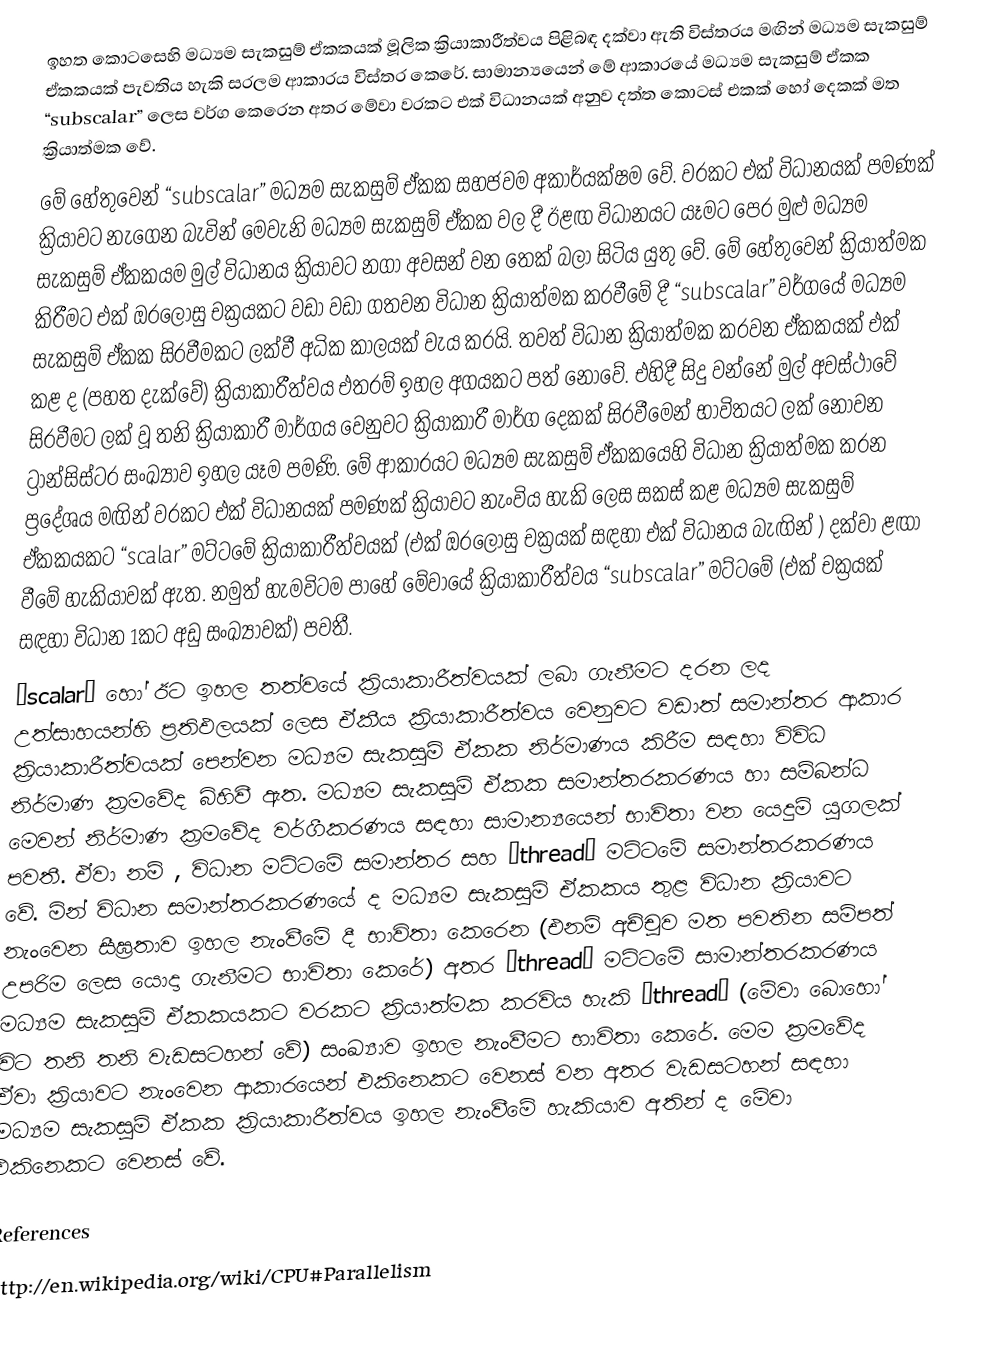
ඉහත ‍කොටසෙහි මධ්‍යම සැකසුම් ඒකකයක් මූලික ක්‍රියාකාරීත්වය පිළිබඳ දක්වා ඇති විස්තරය මඟින් මධ්‍යම සැකසුම් ඒකකයක් පැවතිය හැකි සරලම ආකාරය විස්තර කෙරේ. සාමාන්‍යයෙන් මේ ආකාරයේ මධ්‍යම සැකසුම් ඒකක “subscalar”  ලෙස වර්ග කෙරෙන අතර මේවා වරකට එක් විධානයක් අනුව දත්ත කොටස් එකක් හෝ දෙකක් මත ක්‍රියාත්මක වේ.
මේ හේතුවෙන් “subscalar”  මධ්‍යම සැකසුම් ඒකක සහජවම අකාර්යක්ෂම වේ. වරකට එක් විධානයක් පමණක් ක්‍රියාවට නැගෙන බැවින් මෙවැනි මධ්‍යම සැකසුම් ඒකක වල දී ඊළඟ විධානයට යෑමට පෙර මුළු මධ්‍යම සැකසුම් ඒකකයම මුල් විධානය ක්‍රියාවට නගා අවසන් වන තෙක් බලා සිටිය යුතු වේ. මේ හේතුවෙන් ක්‍රියාත්මක කිරීමට එක් ඔරලෝසු චක්‍රයකට වඩා වඩා ගතවන විධාන ක්‍රියාත්මක කරවීමේ දී “subscalar”  වර්ගයේ මධ්‍යම සැකසුම් ඒකක සිරවීමකට ලක්වී අධික කාලයක් වැය කරයි. තවත් විධාන ක්‍රියාත්මක කරවන ඒකකයක් එක් කළ ද (පහත දැක්වේ) ක්‍රියාකාරීත්වය එතරම් ඉහල අගයකට පත් නොවේ. එහිදී සිදු වන්නේ මුල් අවස්ථාවේ සිරවීමට ලක් වූ තනි ක්‍රියාකාරී මාර්ගය වෙනුවට ක්‍රියාකාරී මාර්ග දෙකක් සිරවීමෙන් භාවිතයට ලක් නොවන ට්‍රාන්සිස්ටර සංඛ්‍යාව ඉහල යෑම පමණි. මේ ආකාරයට මධ්‍යම සැකසුම් ඒකකයෙහි විධාන ක්‍රියාත්මක කරන ප්‍රදේශය මඟින් වරකට එක් විධානයක් පමණක් ක්‍රියාවට නැංවිය හැකි ලෙස සකස් කළ මධ්‍යම සැකසුම් ඒකකයකට “scalar”  මට්ටමේ ක්‍රියාකාරීත්වයක් (එක් ඔ‍රලෝසු චක්‍රයක් සඳහා එක් විධානය බැඟින් ) දක්වා ළඟා වීමේ හැකියාවක් ඇත. නමුත් හැමවිටම පාහේ මේවායේ ක්‍රියාකාරීත්වය “subscalar”  මට්ටමේ (එක් චක්‍රයක් සඳහා විධාන 1කට අඩු සංඛ්‍යාවක්) පවතී.
“scalar”  හෝ ඊට ඉහල තත්වයේ ක්‍රියාකාරීත්වයක් ලබා ගැනීමට දරන ලද උත්සාහයන්හි ප්‍රතිඵලයක් ලෙස ඒකීය ක්‍රියාකාරීත්වය වෙනුවට වඩාත් සමාන්තර ආකාර ක්‍රියාකාරීත්වයක් පෙන්වන මධ්‍යම සැකසුම් ඒකක නිර්මාණය කිරීම සඳහා විවිධ නිර්මාණ ක්‍රමවේද බිහිවී ඇත. මධ්‍යම සැකසුම් ඒකක සමාන්තරකරණය හා සම්බන්ධ  මෙවන් නිර්මාණ ක්‍රමවේද වර්ගීකරණය සඳහා සාමාන්‍යයෙන් භාවිතා වන යෙදුම් යුගලක් පවතී. ඒවා නම් , විධාන මට්ටමේ සමාන්තර සහ “thread” මට්ටමේ සමාන්තරකරණය වේ. මින් විධාන සමාන්තරකරණයේ ද මධ්‍යම සැකසුම් ඒකකය තුළ විධාන ක්‍රියාවට නැංවෙන සීඝ්‍රතාව ඉහල නැංවීමේ දී භාවිතා කෙරෙන (එනම් අච්චුව මත පවතින සම්පත් උපරිම ලෙස යොදා ගැනීමට භාවිතා කෙරේ) අතර “thread” මට්ටමේ සාමාන්තරකරණය මධ්‍යම සැකසුම් ඒකකයකට වරකට ක්‍රියාත්මක කරවිය හැකි “thread” (මේවා බොහෝ විට තනි තනි වැඩසටහන් වේ) සංඛ්‍යාව ඉහල නැංවී‍මට භාවිතා කෙරේ. මෙම ක්‍රමවේද ඒවා ක්‍රියාවට නැංවෙන ආකාරයෙන් එකිනෙකට වෙනස් වන අතර වැඩසටහන් සඳහා මධ්‍යම සැකසුම් ඒකක ක්‍රියාකාරීත්වය ඉහල නැංවීමේ හැකියාව අතින් ද මේවා එකිනෙකට වෙනස් වේ.

References
http://en.wikipedia.org/wiki/CPU#Parallelism